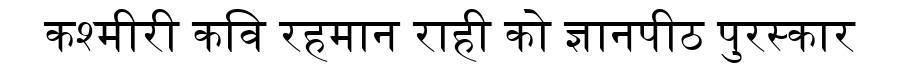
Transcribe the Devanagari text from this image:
कश्मीरी कवि रहमान राही को ज्ञानपीठ पुरस्कार